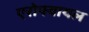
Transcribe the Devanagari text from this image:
एरोफ्वायल